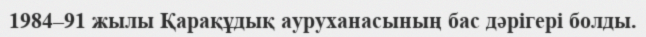
1984–91 жылы Қарақұдық ауруханасының бас дәрігері болды.